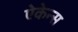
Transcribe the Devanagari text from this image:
ऐकेन्स